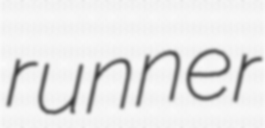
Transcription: runner